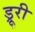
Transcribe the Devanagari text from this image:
ड्रूरी